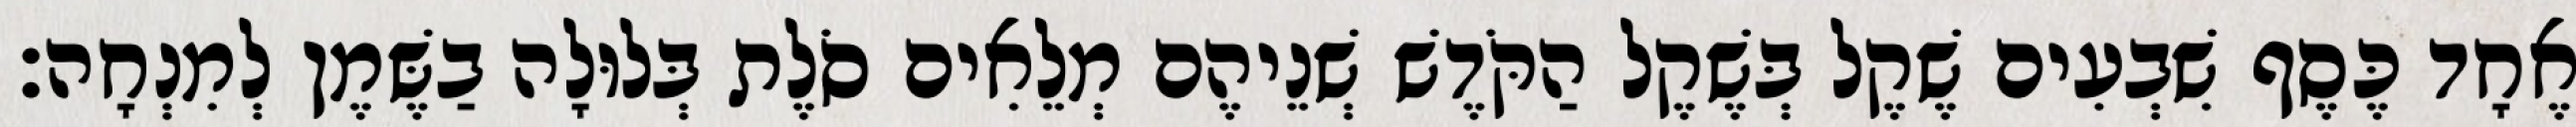
אֶחָד כֶּסֶף שִׁבְעִים שֶׁקֶל בְּשֶׁקֶל הַקֹּדֶשׁ שְׁנֵיהֶם מְלֵאִים סֹלֶת בְּלוּלָה בַשֶּׁמֶן לְמִנְחָה׃